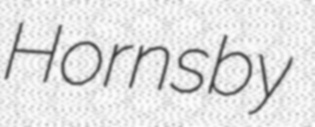
Hornsby